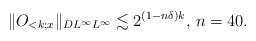
LaTeX: \begin{align*}\| O_{<k;x}\|_{DL^\infty L^\infty} \lesssim 2^{(1-n\delta) k},\,n = 40. \end{align*}